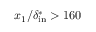
x _ { 1 } / \delta _ { \mathrm { i n } } ^ { * } > 1 6 0